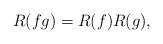
LaTeX: \begin{align*}R(fg)=R(f)R(g),\end{align*}